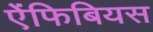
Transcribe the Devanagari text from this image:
ऐंफिबियस